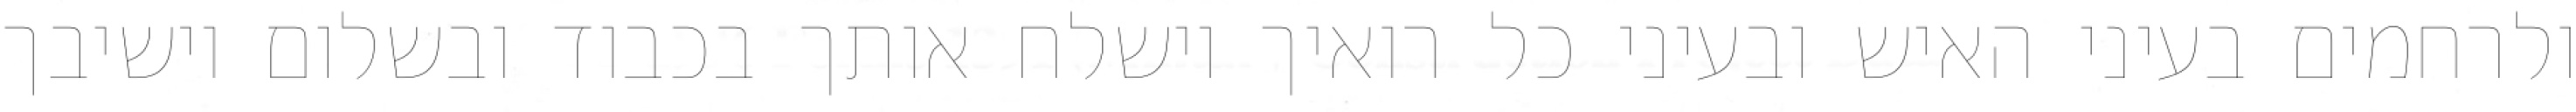
ולרחמים בעיני האיש ובעיני כל רואיך וישלח אותך בכבוד ובשלום וישיבך